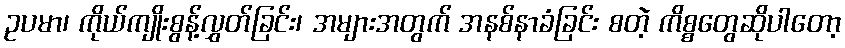
ဥပမာ၊ ကိုယ်ကျိုးစွန့်လွှတ်ခြင်း၊ အများအတွက် အနစ်နာခံခြင်း စတဲ့ ကိစ္စတွေဆိုပါတော့